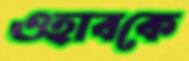
ওহাবকে